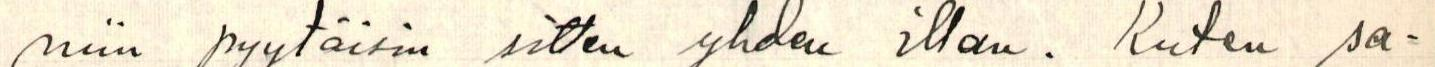
niin pyytäisin sitten yhden illan. Kuten sa-